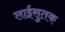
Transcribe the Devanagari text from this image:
लाईसुतक